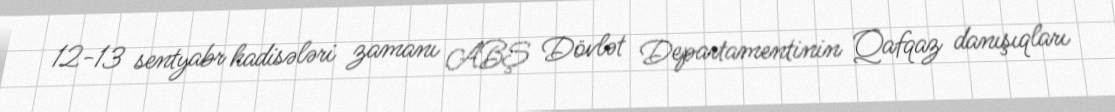
12-13 sentyabr hadisələri zamanı ABŞ Dövlət Departamentinin Qafqaz danışıqları